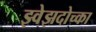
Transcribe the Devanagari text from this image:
झ्वेझदोच्का